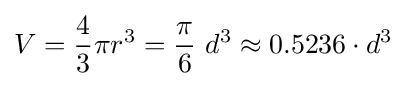
V={\frac {4}{3}}\pi r^{3}={\frac {\pi }{6}}\ d^{3}\approx 0.5236\cdot d^{3}